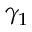
\gamma _ { 1 }